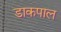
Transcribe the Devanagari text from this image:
डाकपाल